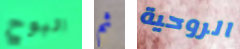
البوح ثم الروحية